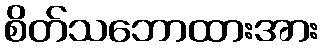
စိတ်သဘောထားအား